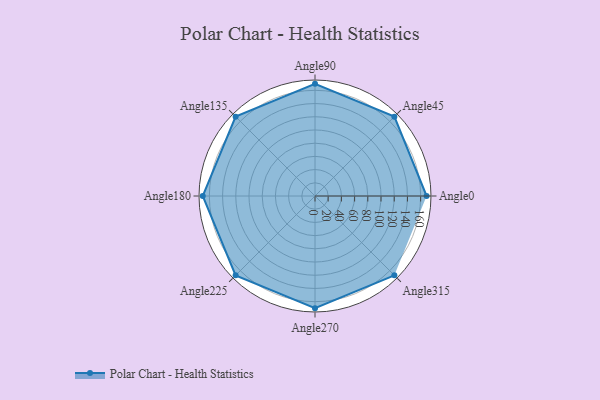
{"axis": {"x": "Angle", "y": "Radius"}, "legend": [""], "data": [{"x": "Angle0", "y": 169.0, "type": ""}, {"x": "Angle45", "y": 170.0, "type": ""}, {"x": "Angle90", "y": 170, "type": ""}, {"x": "Angle135", "y": 170, "type": ""}, {"x": "Angle180", "y": 170, "type": ""}, {"x": "Angle225", "y": 170, "type": ""}, {"x": "Angle270", "y": 170, "type": ""}, {"x": "Angle315", "y": 170, "type": ""}]}